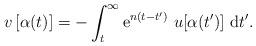
LaTeX: \begin{align*}v\,[\alpha (t)]=-\int_{t}^{\infty }{\rm e}^{n(t-t^{\prime })}\,\,u[\alpha(t^{\prime })]\,\,{\rm d}t^{\prime }.\end{align*}